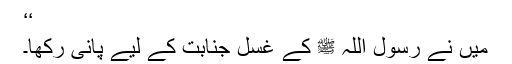
‘‘
میں نے رسول اللہ ﷺ کے غسل جنابت کے لیے پانی رکھا۔